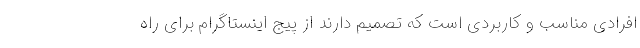
افرادی مناسب و کاربردی است که تصمیم دارند از پیج اینستاگرام برای راه